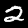
Digit: 2